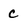
Character: C